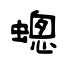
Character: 蟌